Report of the King Institute of Preventive Medicine, Guindy
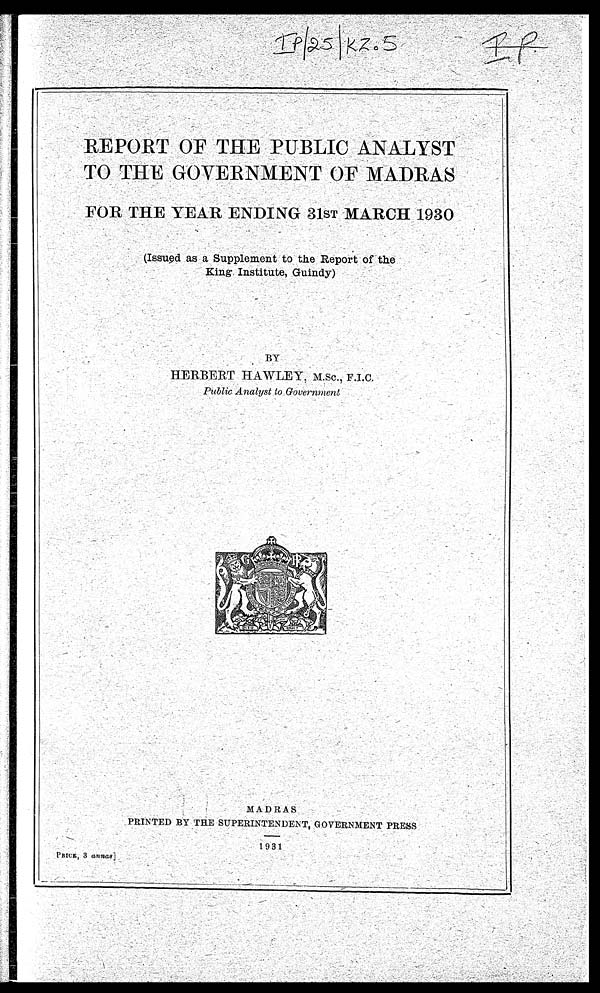
IP/25/KZ.5
REPORT OF THE PUBLIC ANALYST
TO THE GOVERNMENT OF MADRAS
FOR THE YEAR ENDING 31ST MARCH 1930
(Issued as a Supplement to the Report of the
King Instituate, Guindy)
BY
HERBERT HAWLEY, M.Sc., F.I.C.
Public Analyst to Government
MADRAS
PRINTED BY THE SUPERINTENDENT, GOVERNMENT PRESS
1931
P R I C E , 3
a n n a s